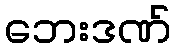
ဘေးဒဏ်